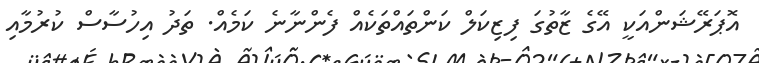
އޮޕަރޭޝަންއަކީ އޭގެ ޒާތުގަ ފިޒިކަލް ކަންތައްތަކެއް ފެންނާނެ ކަމެއް. ތަދު އިހުސާސް ކުރުމާއި